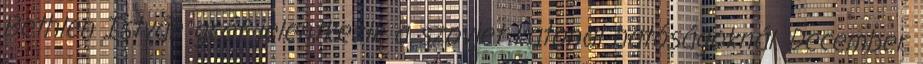
Bethlen István gróf jelentkezik a szovjet katonai hatóságoknál. December